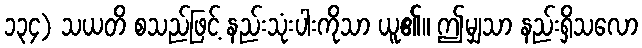
၁၃၄) သယတိ စသည်ဖြင့် နည်းသုံးပါးကိုသာ ယူ၏။ ဤမျှသာ နည်းရှိသလော